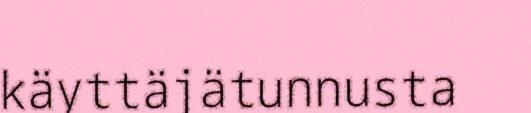
käyttäjätunnusta